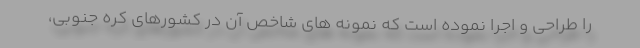
را طراحی و اجرا نموده است که نمونه های شاخص آن در کشورهای کره جنوبی،